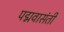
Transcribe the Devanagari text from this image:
पद्मवासंती